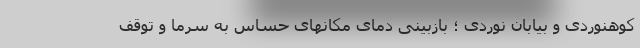
کوهنوردی و بیابان نوردی ؛ بازبینی دمای مکانهای حساس به سرما و توقف